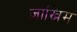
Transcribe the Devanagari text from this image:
जोख्निम